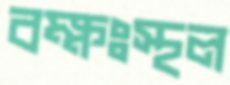
বক্ষঃস্থল